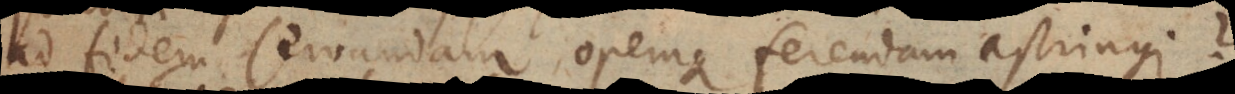
ad fidem servandam opemque ferendam astringi?